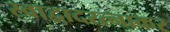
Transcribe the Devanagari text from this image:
स्वाद्वादरत्नाकर